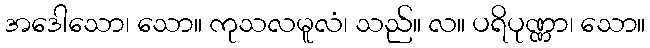
အဒေါသော၊ သော။ ကုသလမူလံ၊ သည်။ လ။ ပရိပုဏ္ဏာ၊ သော။